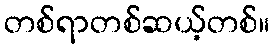
တစ်ရာတစ်ဆယ့်တစ်။